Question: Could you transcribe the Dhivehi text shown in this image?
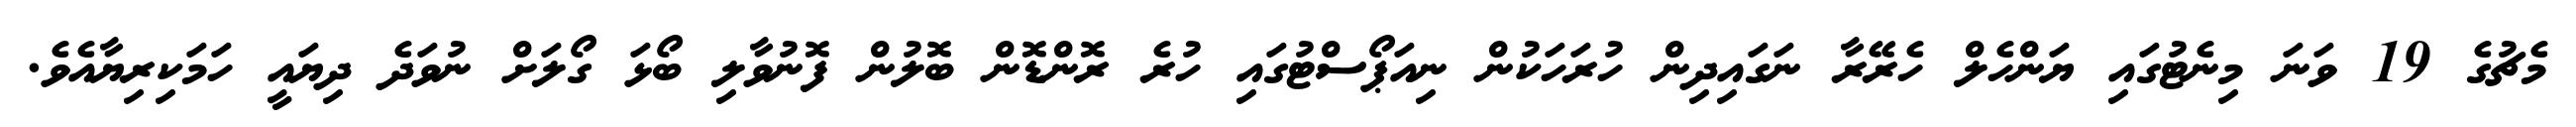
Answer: މެޗުގެ 19 ވަނަ މިނެޓުގައި ޔަންހެލް ހެރޭރާ ނަގައިދިން ހުރަހަކުން ނިއަޕޯސްޓުގައި ހުރެ ރޮންޑޮން ބޮލުން ފޮނުވާލި ބޯޅަ ގޯލަށް ނުވަދެ ދިޔައީ ހަމަކިރިޔާއެވެ.